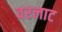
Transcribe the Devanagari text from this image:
वरलाट